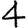
Digit: 4